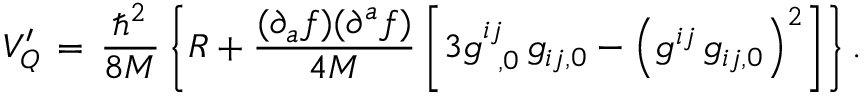
V _ { Q } ^ { \prime } \, = \, \frac { { \hbar } ^ { 2 } } { 8 M } \left\{ R + \frac { ( \partial _ { a } f ) ( \partial ^ { a } f ) } { 4 M } \left[ 3 g _ { \phantom { 0 } , 0 } ^ { i j } \, g _ { i j , 0 } - { \left( g ^ { i j } \, g _ { i j , 0 } \right) } ^ { 2 } \right] \right\} .